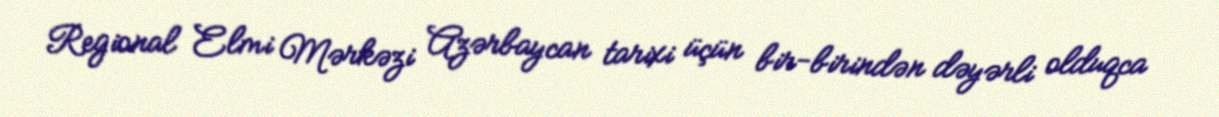
Regional Elmi Mərkəzi Azərbaycan tarixi üçün bir-birindən dəyərli olduqca